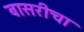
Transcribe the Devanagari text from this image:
बासरीचा